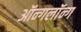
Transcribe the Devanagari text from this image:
ऑन्गलॉन्ग